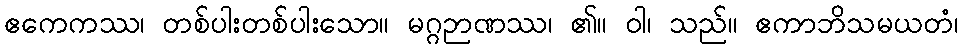
ဧကေကဿ၊ တစ်ပါးတစ်ပါးသော။ မဂ္ဂဉာဏဿ၊ ၏။ ဝါ၊ သည်။ ဧကာဘိသမယတံ၊